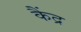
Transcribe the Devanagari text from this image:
कैंद्र